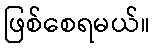
ဖြစ်စေရမယ်။